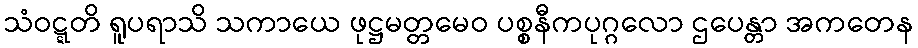
သံဝဋ္ဋတိ ရူပရာသိ သကာယေ ဖုဋ္ဌမတ္တမေဝ ပစ္စနီကပုဂ္ဂလော ဌပေန္တာ အကတေန